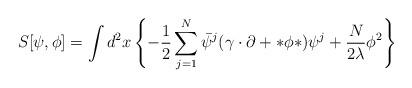
LaTeX: \begin{align*}S[\psi,\phi]=\int d^2x \left\{ -\frac{1}{2}\sum_{j=1}^N\bar\psi^j(\gamma\cdot\partial+*\phi*)\psi^j+\frac{N}{2\lambda}\phi^2\right\}\end{align*}